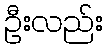
ဦးလည်း